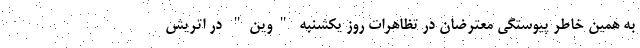
به همین خاطر پیوستگی معترضان در تظاهرات روز یکشنبه "وین" در اتریش